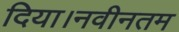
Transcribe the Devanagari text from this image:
दिया।नवीनतम